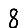
Digit: 8